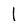
Character: l